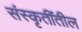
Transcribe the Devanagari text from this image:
संस्कृतींतील